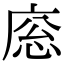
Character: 𢈳